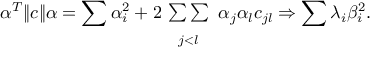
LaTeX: \alpha ^ { T } \| c \| \alpha = \sum \alpha _ { i } ^ { 2 } + 2 \! \begin{array} { c } { { { } } } \\ { { { \sum \sum } } } \\ { { { } _ { j < l } } } \end{array} \alpha _ { j } \alpha _ { l } c _ { j l } \Rightarrow \sum \lambda _ { i } \beta _ { i } ^ { 2 } .